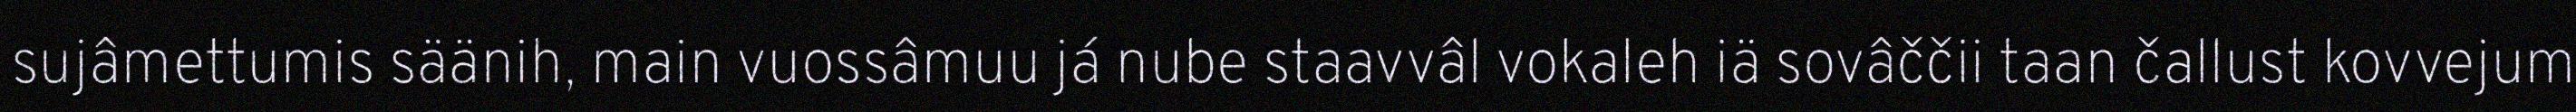
sujâmettumis säänih, main vuossâmuu já nube staavvâl vokaleh iä sovâččii taan čallust kovvejum